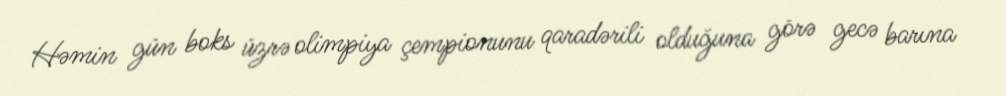
Həmin gün boks üzrə olimpiya çempionunu qaradərili olduğuna görə gecə barına